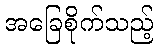
အခြေစိုက်သည့်